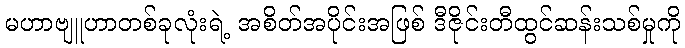
မဟာဗျူဟာတစ်ခုလုံးရဲ့ အစိတ်အပိုင်းအဖြစ် ဒီဇိုင်းတီထွင်ဆန်းသစ်မှုကို